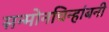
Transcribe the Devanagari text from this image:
सन्माेनचिन्हांबनी